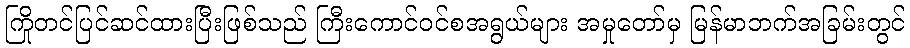
ကြိုတင်ပြင်ဆင်ထားပြီးဖြစ်သည် ကြီးကောင်ဝင်စအရွယ်များ အမှုတော်မှ မြန်မာဘက်အခြမ်းတွင်